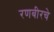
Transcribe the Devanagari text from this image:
रणबीरचे